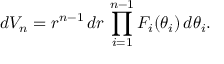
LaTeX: d V _ { n } = r ^ { n - 1 } \, d r \, \prod _ { i = 1 } ^ { n - 1 } F _ { i } ( \theta _ { i } ) \, d \theta _ { i } .